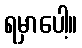
ရမှာပေါ့။